Elephants and their diseases
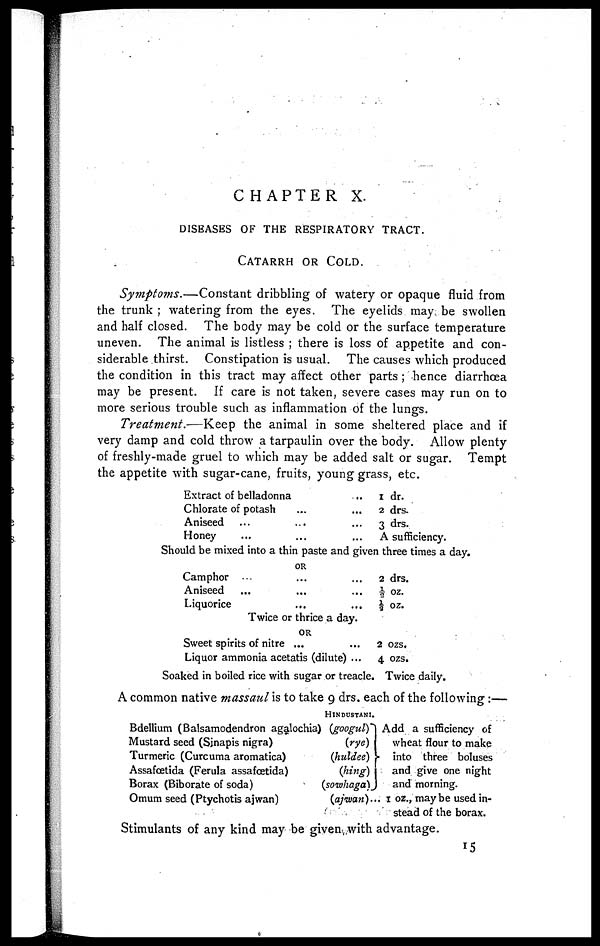
CHAPTER X.
DISEASES OF THE RESPIRATORY TRACT.
CATARRH OR COLD.
Symptoms.—Constant
dribbling of watery or opaque fluid from
the trunk ; watering from the eyes. The eyelids may be swollen
and half closed. The body may be cold or the surface temperature
uneven. The animal is listless ; there is loss of appetite and con-
siderable thirst. Constipation is usual. The causes which produced
the condition in this tract may affect other parts ; hence diarrhoea
may be present. If care is not taken, severe cases may run on to
more serious trouble such as inflammation of the lungs.
Treatment.—Keep
the animal in some sheltered place and if
very damp and cold throw a tarpaulin over the body. Allow plenty
of freshly-made gruel to which may be added salt or sugar. Tempt
the appetite with sugar-cane, fruits, young grass, etc.
Extract of belladonna
...
Chlorate of potash
...
...
Aniseed
...
...
Honey
...
...
1 dr.
2 drs.
3 drs.
A sufficiency.
Should be mixed into a thin paste and given three times a day.
OR
Camphor ... ... ...
Aniseed ... ... ...
Liquorice ... ... ...
2 drs.
½ oz.
½ oz.
Twice or thrice a day.
OR
Sweet spirits of nitre ... ...
Liquor ammonia acetatis (dilute) ...
2 ozs.
4 ozs.
Soaked in boiled rice with sugar or treacle. Twice daily.
A common native massaul is to take 9 drs. each of the following:—
HINDUSTANI.
Bdellium (Balsamodendron agglochia) (googul)
Mustard seed (Sinapis nigra)
(rye)
Turmeric (Curcuma aromatica)
(huldee)
Assafœtida (Ferula assafœtida)
(hing)
Borax (Biborate of soda)
(sowhaga)
Add a sufficiency of
wheat flour to make
into three boluses
and give one night
and morning.
Omum seed (Ptychotis ajwan)
(ajwan)... I oz., may be used in-
stead of the borax.
Stimulants of any kind may be given with advantage.
15